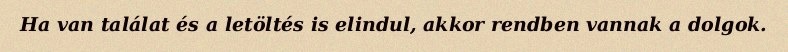
Ha van találat és a letöltés is elindul, akkor rendben vannak a dolgok.